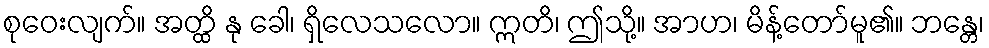
စုဝေးလျက်။ အတ္ထိ နု ခေါ၊ ရှိလေသလော။ ဣတိ၊ ဤသို့။ အာဟ၊ မိန့်တော်မူ၏။ ဘန္တေ၊